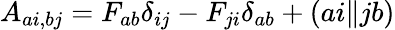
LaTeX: A_{ai,bj}=F_{ab}\delta_{ij}-F_{ji}\delta_{ab}+(ai\| jb)